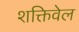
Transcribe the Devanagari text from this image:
शक्तिवेल